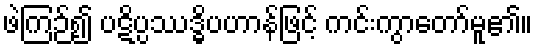
ဖဲကြဉ်၍ ပဋိပ္ပဿဒ္ဓိပဟာန်ဖြင့် ကင်းကွာတော်မူ၏။